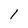
Character: 1